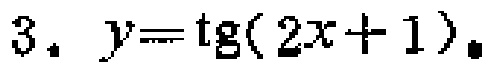
$3. \ y=\operatorname{tg}(2x + 1).$